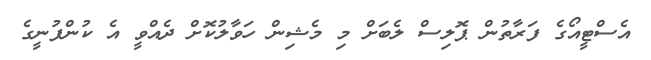
އެސްޓީއޯގެ ފަރާތުން ޕޮލިސް ލެބަށް މި މެޝިން ހަވާލުކޮށް ދެއްވީ އެ ކުންފުނީގެ